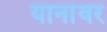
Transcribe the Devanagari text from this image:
यानांवर